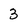
Character: 3